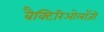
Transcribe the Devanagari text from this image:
बैक्टिरिओलॉजी